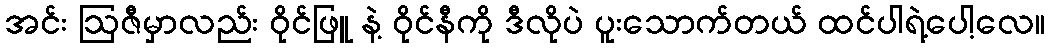
အင်း ဩဇီမှာလည်း ဝိုင်ဖြူ နဲ့ ဝိုင်နီကို ဒီလိုပဲ ပူးသောက်တယ် ထင်ပါရဲ့ပေါ့လေ။